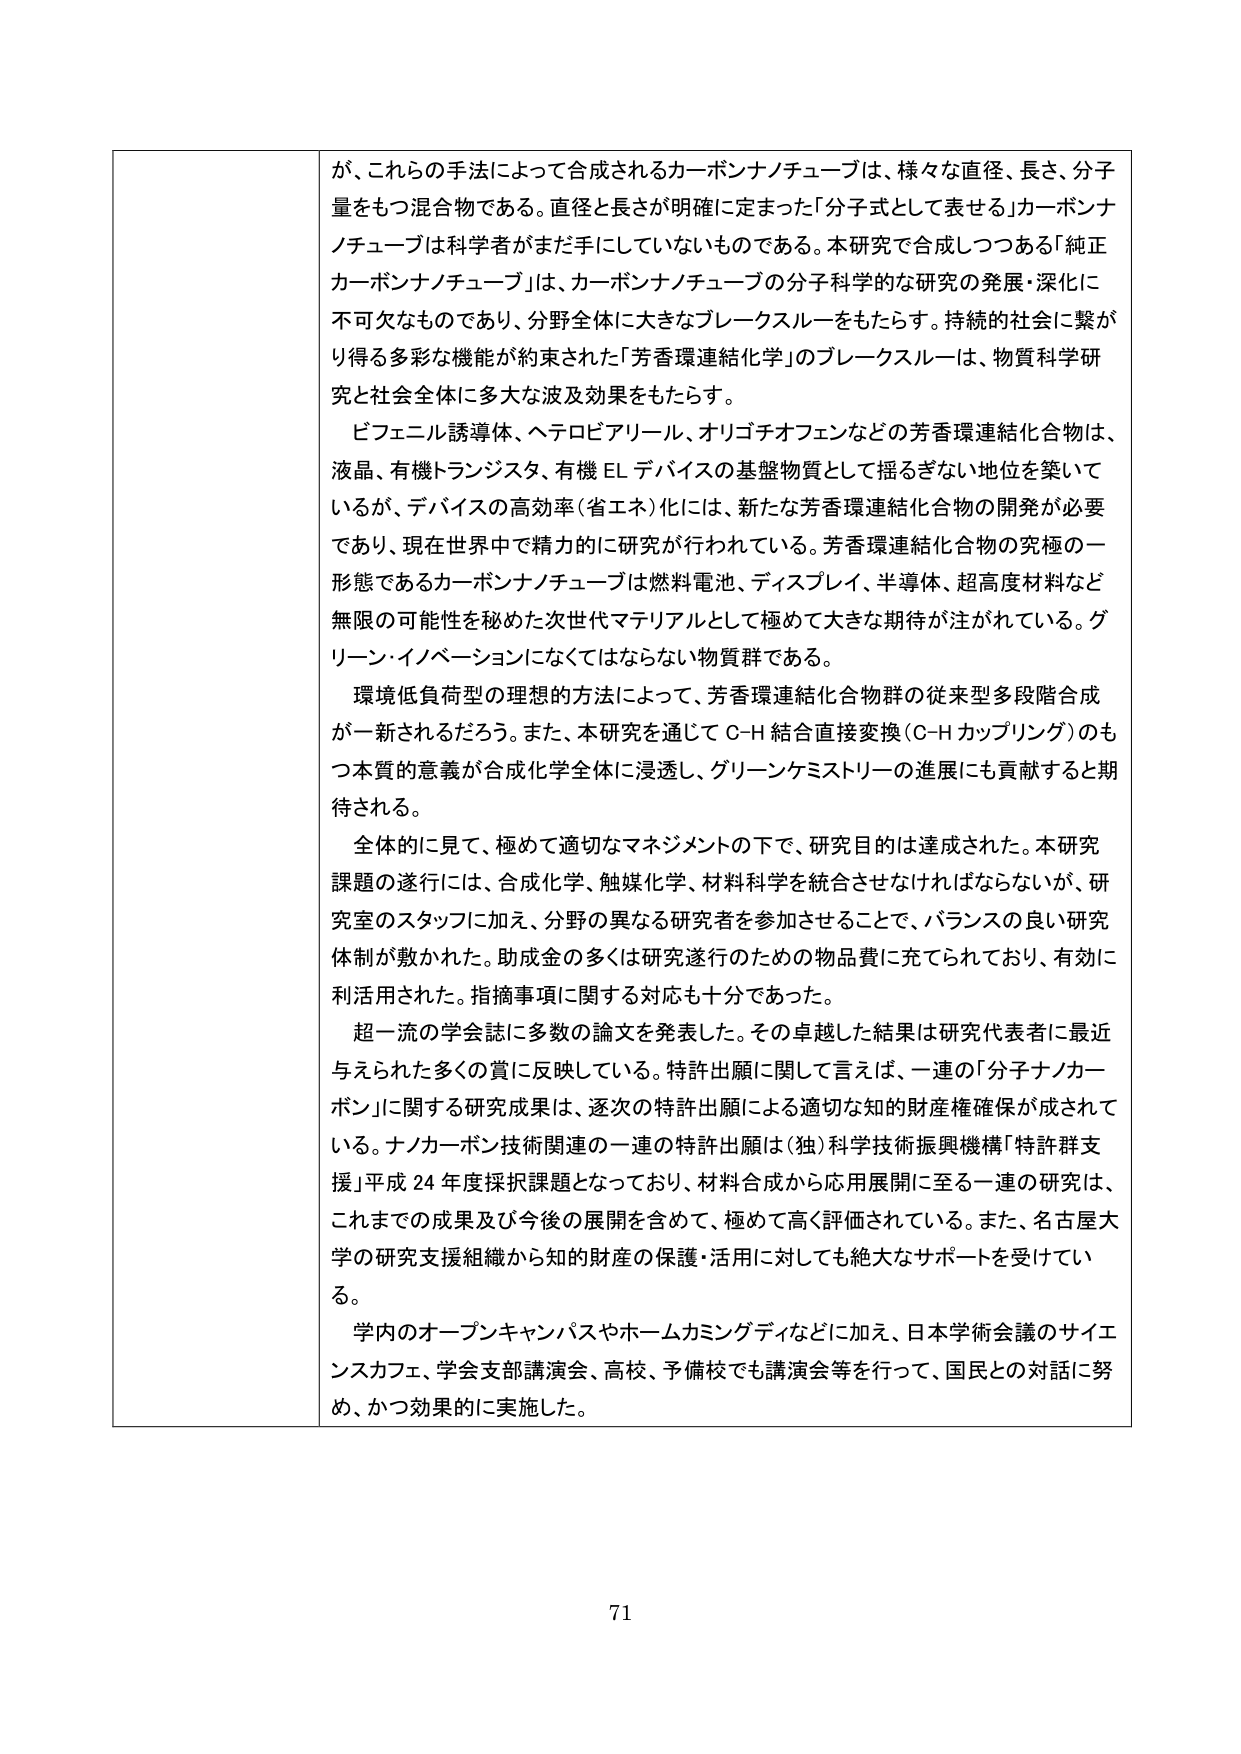
が、これらの手法によって合成されるカーボンナノチューブは、様々な直径、長さ、分子量をもつ混合物である。直径と長さが明確に定まった「分子式として表せる」カーボンナノチューブは科学者がまだ手にしていないものである。本研究で合成しつつある「純正カーボンナノチューブ」は、カーボンナノチューブの分子科学的な研究の発展・深化に不可欠なものであり、分野全体に大きなブレークスルーをもたらす。持続的社会に繋がり得る多彩な機能が約束された「芳香環連結化学」のブレークスルーは、物質科学研究と社会全体に多大な波及効果をもたらす。

ビフェニル誘導体、ヘテロビアリール、オリゴチオフェンなどの芳香環連結化合物は、液晶、有機トランジスタ、有機ELデバイスの基盤物質として揺るぎない地位を築いているが、デバイスの高効率（省エネ）化には、新たな芳香環連結化合物の開発が必要であり、現在世界中で精力的に研究が行われている。芳香環連結化合物の究極の一形態であるカーボンナノチューブは燃料電池、ディスプレイ、半導体、超高度材料など無限の可能性を秘めた次世代マテリアルとして極めて大きな期待が注がれている。グリーン・イノベーションになくてはならない物質群である。

環境低負荷型の理想的方法によって、芳香環連結化合物群の従来型多段階合成が一新されるだろう。また、本研究を通じてC-H結合直接変換（C-Hカップリング）のもつ本質的意義が合成化学全体に浸透し、グリーンケミストリーの進展にも貢献すると期待される。

全体的に見て、極めて適切なマネジメントの下で、研究目的は達成された。本研究課題の遂行には、合成化学、触媒化学、材料科学を統合させなければならないが、研究室のスタッフに加え、分野の異なる研究者を参加させることで、バランスの良い研究体制が敷かれた。助成金の多くは研究遂行のための物品費に充てられており、有効に利活用された。指摘事項に関する対応も十分であった。

超一流の学会誌に多数の論文を発表した。その卓越した結果は研究代表者に最近与えられた多くの賞に反映している。特許出願に関して言えば、一連の「分子ナノカーボン」に関する研究成果は、逐次の特許出願による適切な知的財産権確保が成されている。ナノカーボン技術関連の一連の特許出願は（独）科学技術振興機構「特許群支援」平成24年度採択課題となっており、材料合成から応用展開に至る一連の研究は、これまでの成果及び今後の展開を含めて、極めて高く評価されている。また、名古屋大学の研究支援組織から知的財産の保護・活用に対しても絶大なサポートを受けてい る。

学内のオープンキャンパスやホームカミングデイなどに加え、日本学術会議のサイエンスカフェ、学会支部講演会、高校、予備校でも講演会等を行って、国民との対話に努め、かつ効果的に実施した。

71